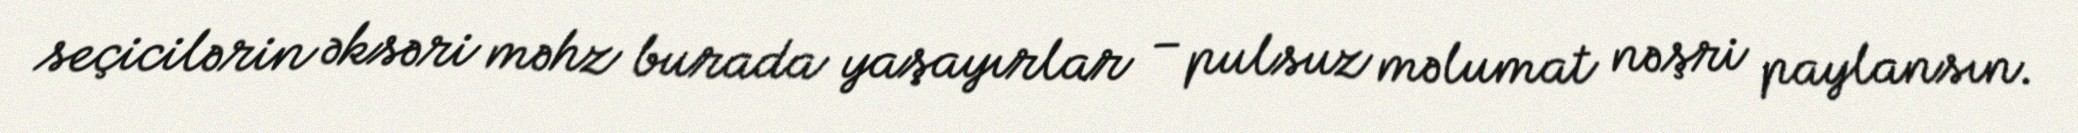
seçicilərin əksəri məhz burada yaşayırlar – pulsuz məlumat nəşri paylansın.